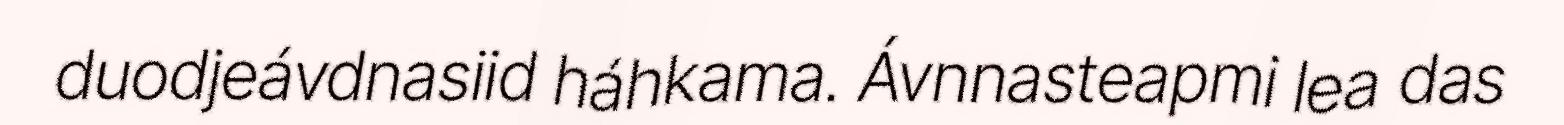
duodjeávdnasiid háhkama. Ávnnasteapmi lea das